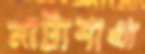
নাট্যশাখা